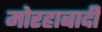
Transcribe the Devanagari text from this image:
मोरहाबादी